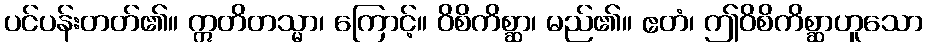
ပင်ပန်းတတ်၏။ ဣတိတသ္မာ၊ ကြောင့်။ ဝိစိကိစ္ဆာ၊ မည်၏။ ဧတံ၊ ဤဝိစိကိစ္ဆာဟူသော